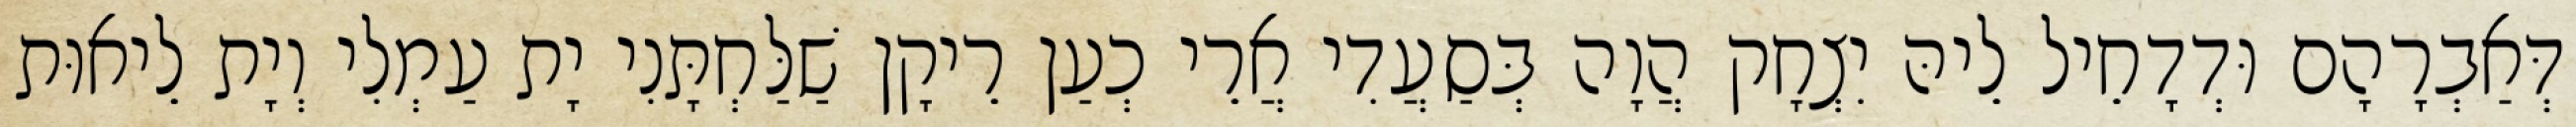
דְּאַבְרָהָם וּדְדָחֵיל לֵיהּ יִצְחָק הֲוָה בְּסַעֲדִי אֲרֵי כְעַן רֵיקָן שַׁלַּחְתָּנִי יָת עַמְלִי וְיָת לֵיאוּת